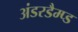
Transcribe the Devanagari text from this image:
अंडरडैम्प्ड